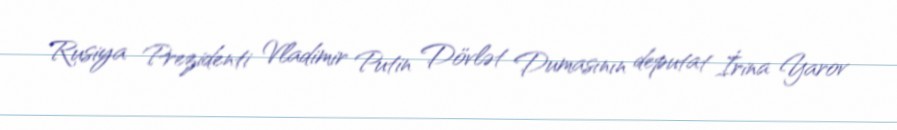
Rusiya Prezidenti Vladimir Putin Dövlət Dumasının deputat İrina Yarov